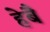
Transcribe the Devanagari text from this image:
हेबै